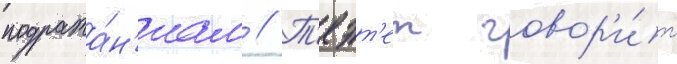
подража́н'иам // Т'еэт'ет говор'и́т